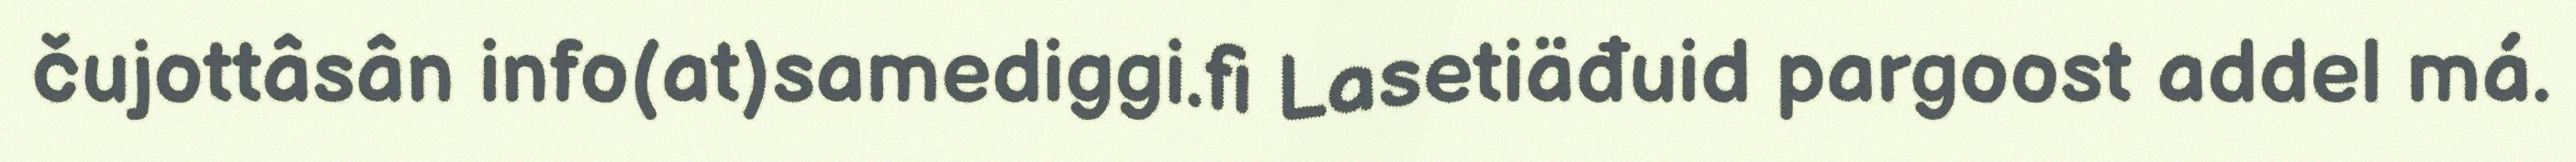
čujottâsân info(at)samediggi.fi Lasetiäđuid pargoost addel má.